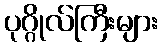
ပုဂ္ဂိုလ်ကြီးများ